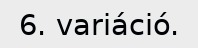
6. variáció.